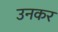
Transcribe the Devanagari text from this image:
उनकर